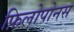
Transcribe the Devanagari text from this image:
फ़िलोपोनस